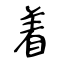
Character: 着